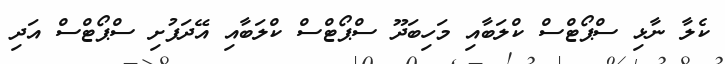
ކެލާ ނާޅި ސްޕޯޓްސް ކްލަބާއި މަހިބަދޫ ސްޕޯޓްސް ކްލަބާއި އޭދަފުށި ސްޕޯޓްސް އަދި